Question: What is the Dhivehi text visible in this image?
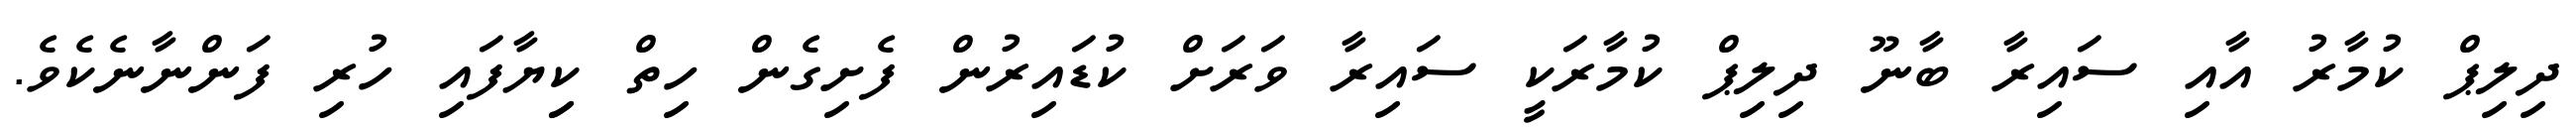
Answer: ދިލިޕް ކުމާރު އާއި ސައިރާ ބާނޫ ދިލިޕް ކުމާރަކީ ސައިރާ ވަރަށް ކުޑައިރުން ފެށިގެން ހިތް ކިިޔާފައި ހުރި ފަންނާނެކެވެ.